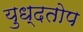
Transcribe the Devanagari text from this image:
युध्दतोप